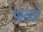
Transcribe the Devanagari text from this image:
पायर्या्